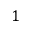
1